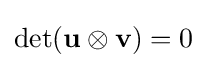
\det(\mathbf {u} \otimes \mathbf {v} )=0